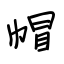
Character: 帽